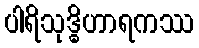
ပါရိသုဒ္ဓိဟာရကဿ